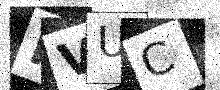
Text: IVUC